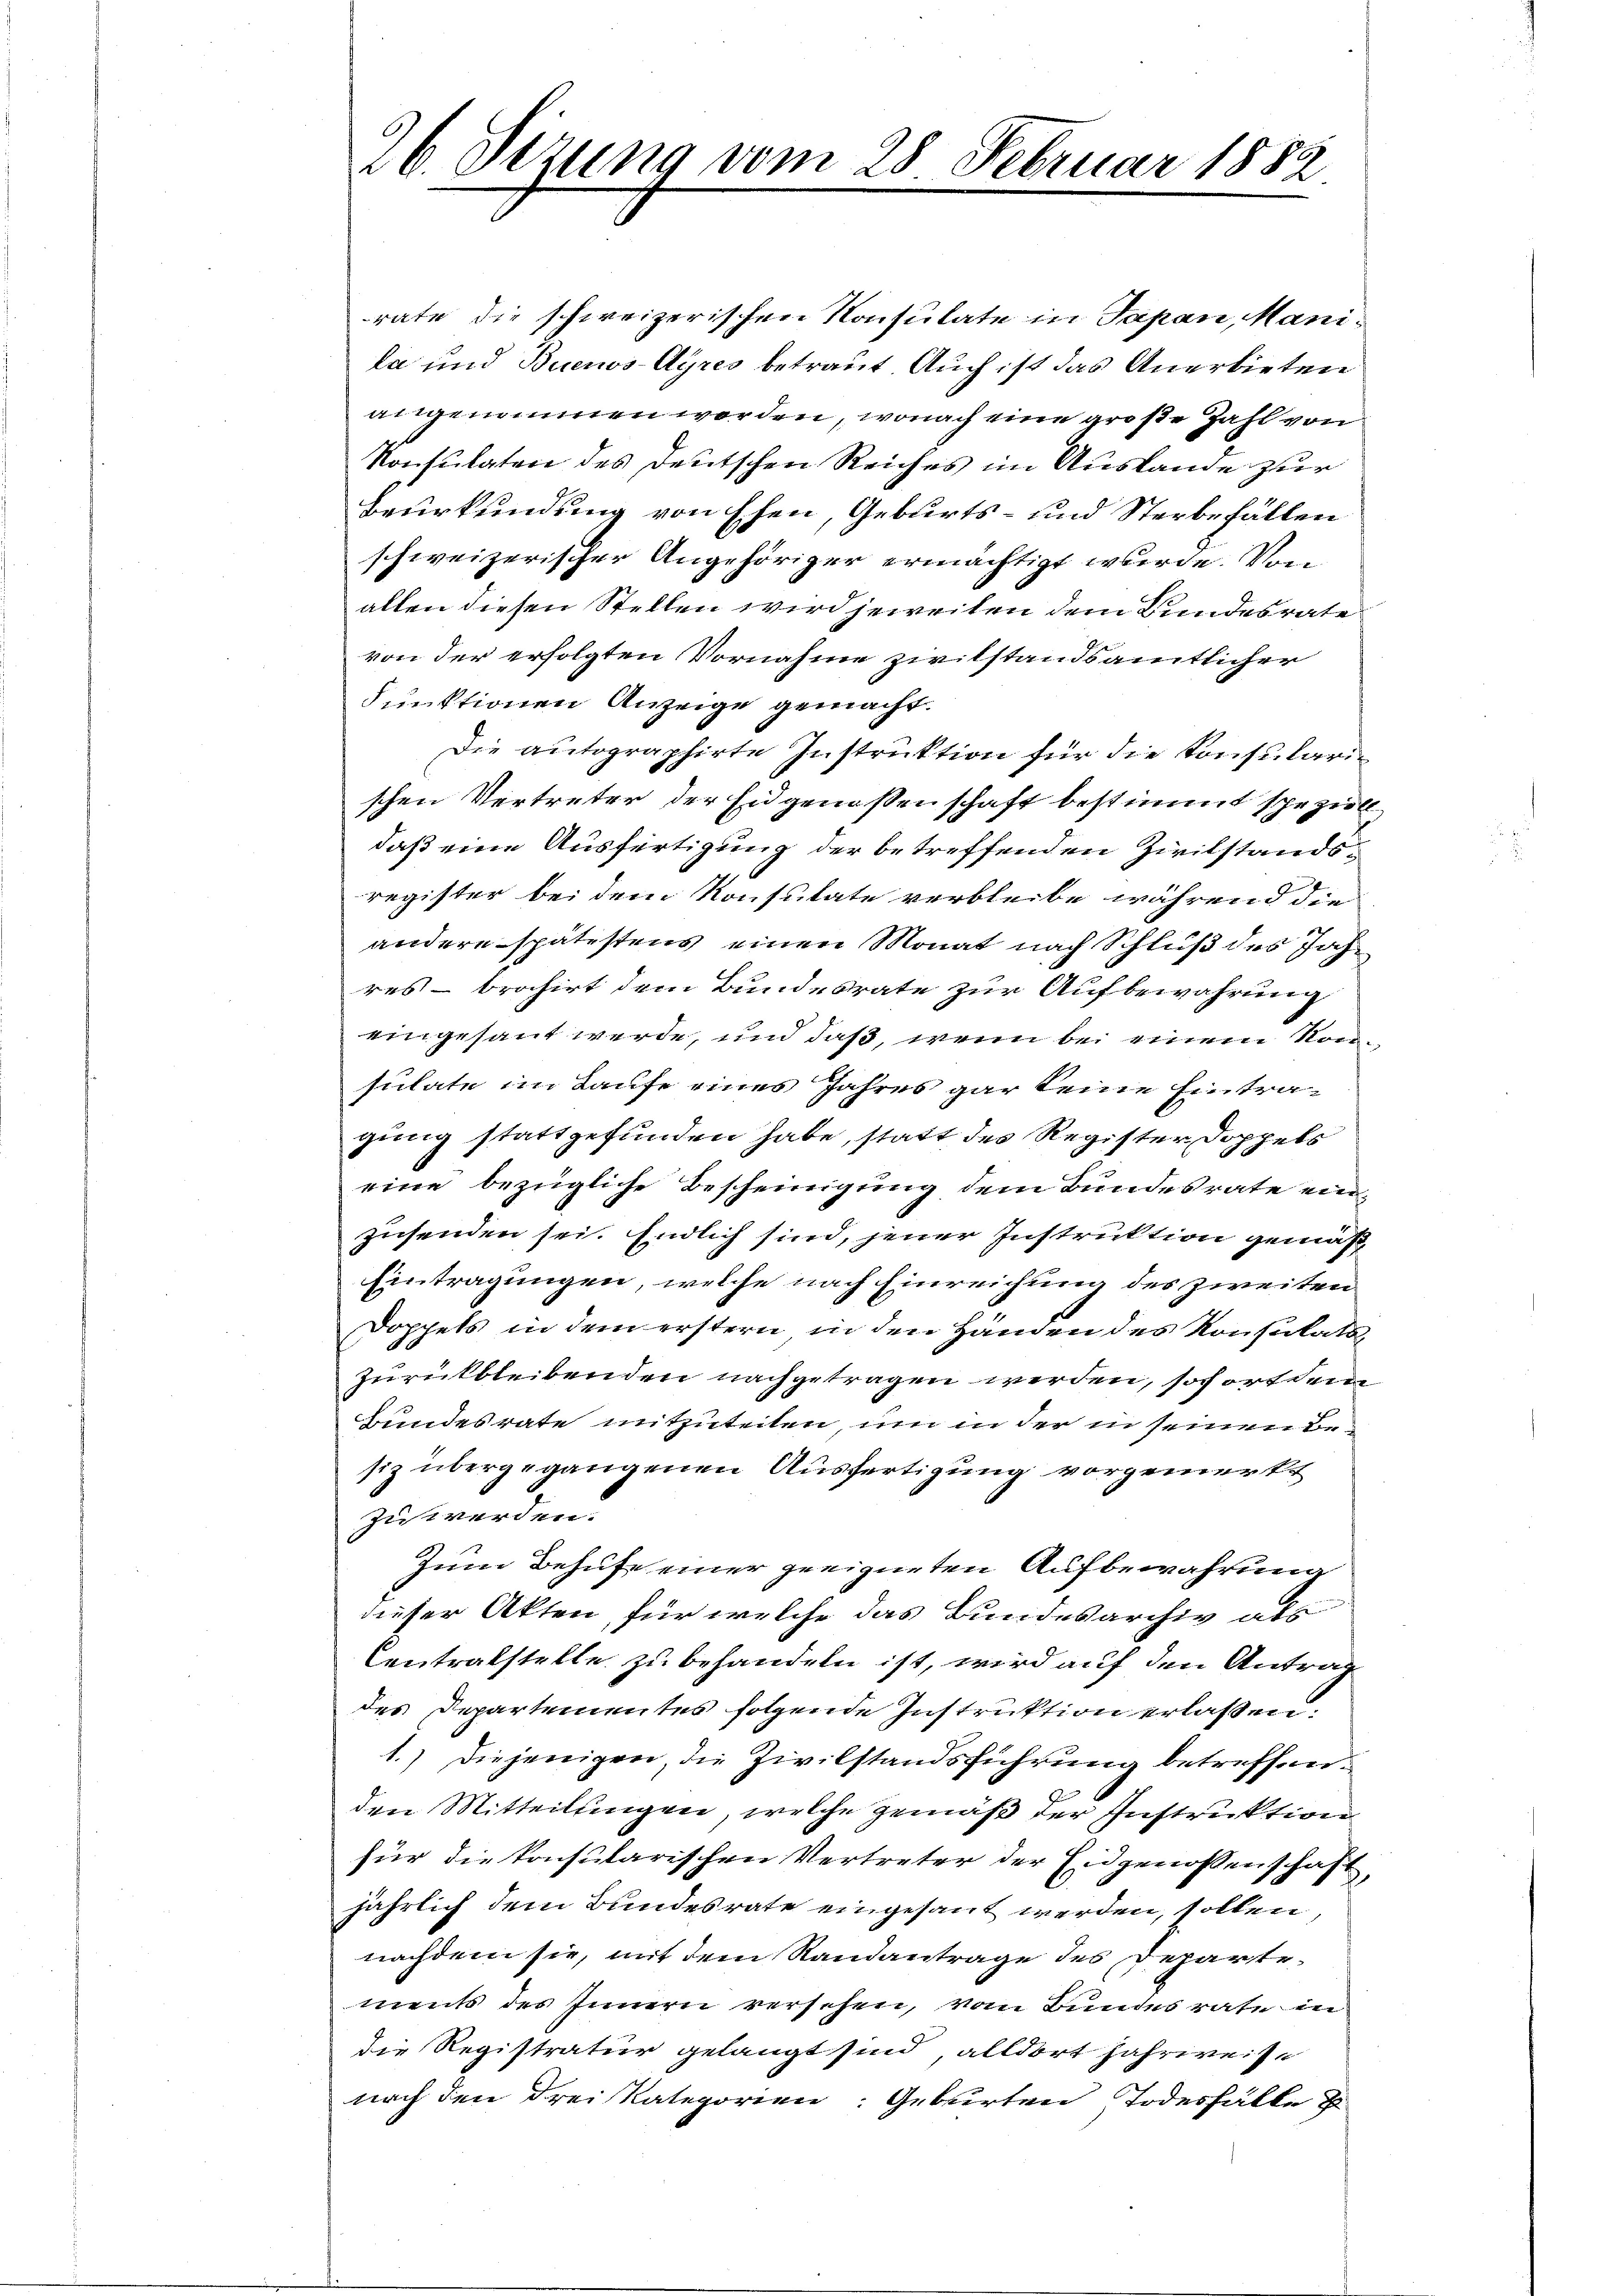
rate die schweizerischen Konsulate in Japan, Manila und Buenos-Ayres betraut. Auch ist das Anerbieten
angenommen worden, wonach eine große Zahl von
Konsulaten des Deutschen Reiches im Auslande zur
Beurkundung von Ehen, Geburts- und Sterbefällen
schweizerischer Angehöriger ermächtigt wurde. Von
allen diesen Stellen wird jeweiten dem Bundesrate
von der erfolgten Vornahme zwitstandsamtlicher
Funktionen Anzeige gemacht.
Die autographirte Instruktion für die Konsularischen Vertreter der Eidgenossenschaft bestimmt speziell
daß eine Ausfertigung der betreffenden Zivilstandsregister bei dem Konsulate verbleibe, während die
andere spätestens einen Monat nach Schluß des Jahres – brachirt dem Bundesrate zur Aufbewahrung
eingesant werde, und daß, wenn bei einem Konsulate im Laufe eines Jahres gar keine Eintragung stattgefunden habe, statt des Register Doppels
eine bezügliche Bescheinigung dem Bundesrate einzusenden sei. Endlich sind, jener Instruktion gemäß
Eintragungen, welche nach Einreichung des zweiten
Doppels in dem erstern in den Händen des Konsulats,
Zurückbleibenden nachgetragen werden, sofort dem
Bundesrate mitzuteilen, um in der in seinen Besiz übergegangenen Ausfertigung vorgemerkt
zuwerden.
Zum Behufe einer geeigneten Aufbewahrung
dieser Akten, für welche das Bundesarchiv als
Centralstelle zu behandeln ist, wird auf den Antrag
des Departementes folgende Instruktion erlassen.
1.) Diejenigen, die Zivilstandsführung betreffen.
den Mitteilungen, welche gemäß der Instruktion
für die konsularischen Vertreter der Eidgenossenschaft
jährlich dem Bundesrate eingesant werden, sollen
nachdem sie, mit dem Randantrage des Departements des Innern versehen, vom Bundes rate in
die Registratur gelangt sind, alldort fahrweise
nach den drei Kategorien: Geburten Todesfälle z

26. Sezung vom 28. Februar 1882